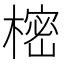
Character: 樒